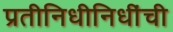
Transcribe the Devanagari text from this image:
प्रतीनिधीनिधींची